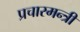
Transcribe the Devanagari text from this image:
प्रचारमन्त्री